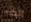
الكثير